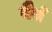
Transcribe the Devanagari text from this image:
घैर्य